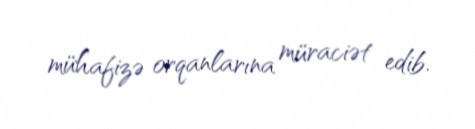
mühafizə orqanlarına müraciət edib.